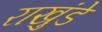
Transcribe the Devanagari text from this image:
राखुंडे